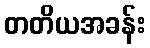
တတိယအခန်း